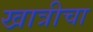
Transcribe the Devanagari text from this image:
खात्रीचा